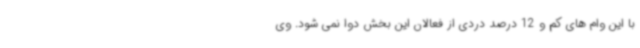
با این وام های کم و 12 درصد دردی از فعالان این بخش دوا نمی شود. وی